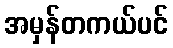
အမှန်တကယ်ပင်